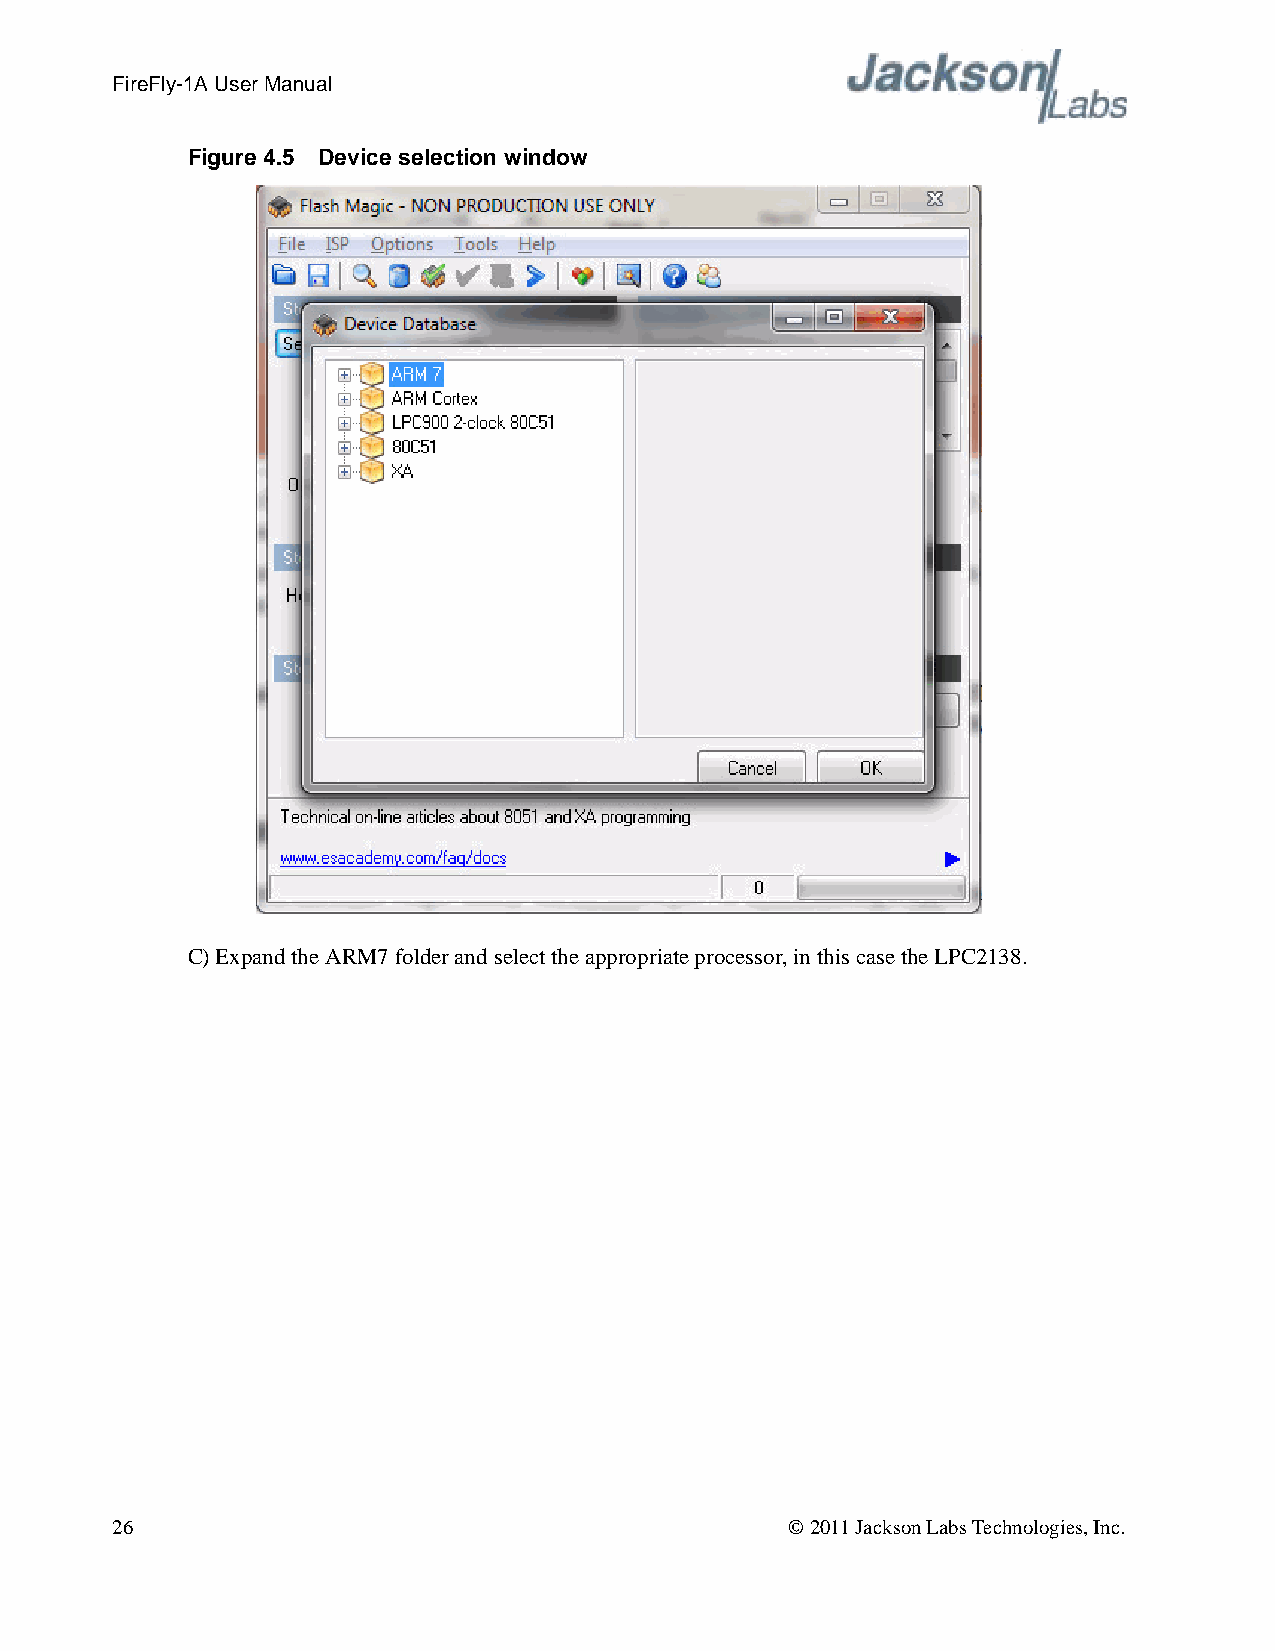
FireFly-1A User Manual
 Figure 4.5 Device selection window
 C) Expand the ARM7 folder and select the appropriate processor, in this case the LPC2138.
 26                                           © 2011 Jackson Labs Technologies, Inc.